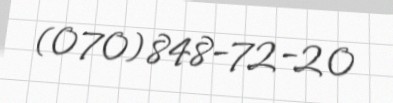
(070) 848-72-20